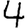
Digit: 4